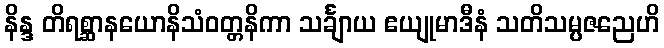
နိန္ဒ တိရစ္ဆာနယောနိသံဝတ္တနိကာ သင်္ချာယ ဧယျုမာဒီနံ သတိသမ္ပဇညေဟိ